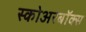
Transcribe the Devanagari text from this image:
स्कोअरबॉक्स